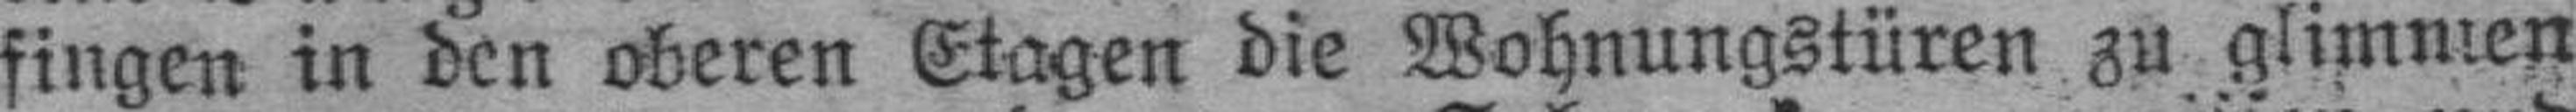
fingen in den oberen Etagen die Wohnungstüren zu glimmen